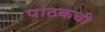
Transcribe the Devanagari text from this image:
पाठकची